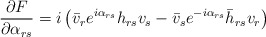
\begin{align*}\frac{\partial F}{\partial \alpha_{rs}} = i \left(\bar v_r e^{i \alpha_{rs}}h_{rs} v_s - \bar v_s e^{-i\alpha_{rs}}\bar h_{rs} v_r\right)\end{align*}